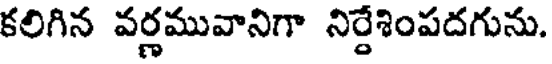
కలిగిన వర్ణమువానిగా నిర్దేశింపదగును.